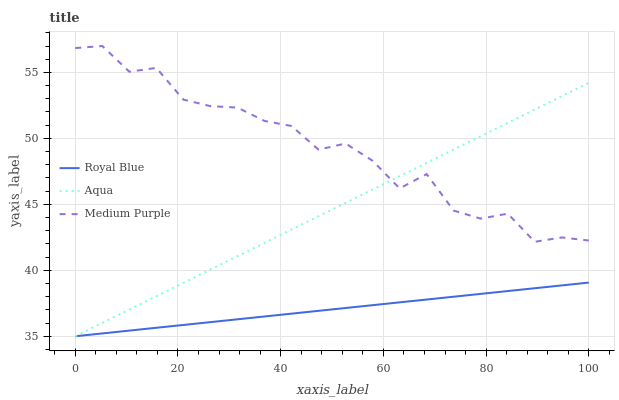
| xaxis_label | Royal Blue | Aqua | Medium Purple |
 | --- | --- | --- | --- |
 | 0 | 35 | 35 | 56.8 |
 | 5.26 | 35.2 | 36 | 57 |
 | 10.5 | 35.4 | 37 | 55.1 |
 | 15.8 | 35.6 | 38 | 55.3 |
 | 21.1 | 35.9 | 39 | 52.9 |
 | 26.3 | 36.1 | 40.1 | 52.4 |
 | 31.6 | 36.3 | 41.1 | 52.3 |
 | 36.8 | 36.5 | 42.1 | 51.3 |
 | 42.1 | 36.7 | 43.1 | 50.9 |
 | 47.4 | 36.9 | 44.1 | 49.1 |
 | 52.6 | 37.1 | 45.1 | 49.6 |
 | 57.9 | 37.4 | 46.1 | 48.3 |
 | 63.2 | 37.6 | 47.1 | 46.2 |
 | 68.4 | 37.8 | 48.1 | 47.3 |
 | 73.7 | 38 | 49.2 | 44.5 |
 | 78.9 | 38.2 | 50.2 | 43.9 |
 | 84.2 | 38.4 | 51.2 | 44.3 |
 | 89.5 | 38.6 | 52.2 | 42.2 |
 | 94.7 | 38.9 | 53.2 | 42.5 |
 | 100 | 39.1 | 54.2 | 42.3 |